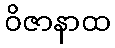
ဝိဇာနာထ